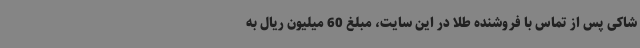
شاکی پس از تماس با فروشنده طلا در این سایت، مبلغ 60 میلیون ریال به